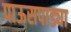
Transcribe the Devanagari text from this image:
पाऊसपाड्या